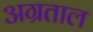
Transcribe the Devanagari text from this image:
अग्रताल